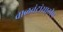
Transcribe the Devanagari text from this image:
वाळवंटांसाठीच